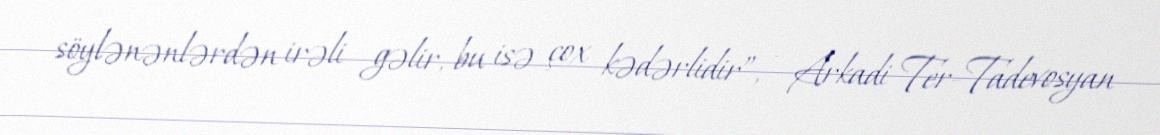
söylənənlərdən irəli gəlir, bu isə çox kədərlidir”, - Arkadi Ter-Tadevosyan